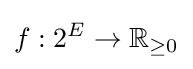
f:2^{E}\rightarrow \mathbb {R} _{\geq 0}